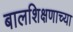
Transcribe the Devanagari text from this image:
बालशिक्षणाच्या